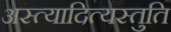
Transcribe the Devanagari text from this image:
अस्त्यादित्यस्तुति